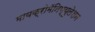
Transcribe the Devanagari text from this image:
मायक्रोमॅनिप्युलेशन